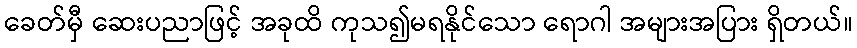
ခေတ်မှီ ဆေးပညာဖြင့် အခုထိ ကုသ၍မရနိုင်သော ရောဂါ အများအပြား ရှိတယ်။